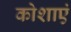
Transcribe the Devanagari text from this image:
कोशाएं